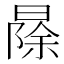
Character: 𱢠